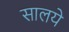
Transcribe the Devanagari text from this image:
सालये